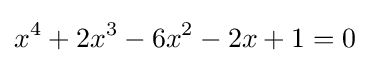
x^{4}+2x^{3}-6x^{2}-2x+1=0